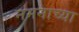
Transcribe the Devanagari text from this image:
नमनाच्या